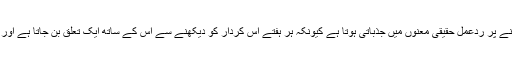
تحقیق کے مطابق ڈرامے یا فلم میں کسی پسندیدہ کردار کے مرنے پر ردعمل حقیقی معنوں میں جذباتی ہوتا ہے کیونکہ ہر ہفتے اس کردار کو دیکھنے سے اس کے ساتھ ایک تعلق بن جاتا ہے اور اس کی موت انسان کو اَپ سیٹ کرنے کے لیے کافی ہوتی ہے۔